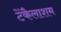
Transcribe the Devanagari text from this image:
टेंकैलाशम